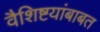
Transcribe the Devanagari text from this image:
वैशिष्टयांबाबत